Medical and sanitary report of the native army of Madras for the year
Year: 1872
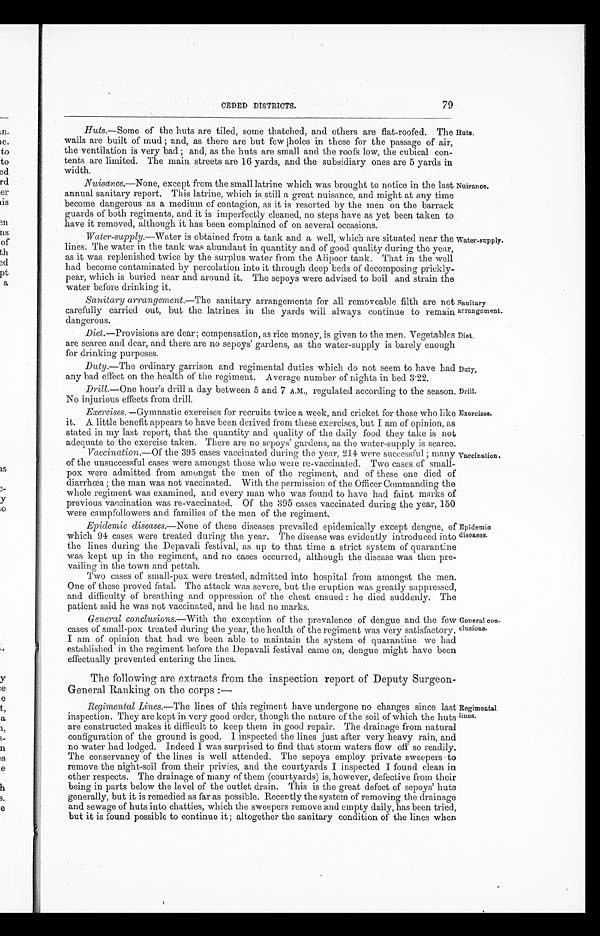
Sanitary
arrangement.
Diet.
Huts.
Nuisance.
Duty.
Drill.
Exercises.
CEDED DISTRICTS.
79
Huts .—Some of the huts are tiled, some thatched, and others are flat-roofed. The
walls are built of mud ; and, as there are but few holes in these for the passage of air,
the ventilation is very bad ; and, as the huts are small and the roofs low, the cubical con-
tents are limited. The main streets are 16 yards, and the subsidiary ones are 5 yards in
width.
Nuisance.—None, except from the small latrine which was brought to notice in the last
annual sanitary report. This latrine, which is still a great nuisance, and might at any time
become dangerous as a medium of contagion, as it is resorted by the men on the barrack
guards of both regiments, and it is imperfectly cleaned, no steps have as yet been taken to
have it removed, although it has been complained of on several occasions.
Water-supply. —Water is obtained from a tank and a well, which are situated near the
lines. The water in the tank was abundant in quantity and of good quality during the year,
as it was replenished twice by the surplus water from the Alipoor tank. That in the well
had become contaminated by percolation into it through deep beds of decomposing prickly-
pear, which is buried near and around it. The sepoys were advised to boil and strain the
water before drinking it.
Sanitary arrangement .—The sanitary arrangements for all removeable filth are not
carefully carried out, but the latrines in the yards will always continue to remain
dangerous.
Diet .—Provisions are dear; compensation, as rice money, is given to the men. Vegetables
are scarce and dear, and there are no sepoys' gardens, as the water-supply is barely enough
for drinking purposes.
Water-supply.
Duty .—The ordinary garrison and regimental duties which do not seem to have had
any bad effect on the health of the regiment. Average number of nights in bed 3.22.
Drill .—One hour's drill a day between 5 and 7 A.M., regulated according to the season.
No injurious effects from drill.
Exercises. —Gymnastic exercises for recruits twice a week, and cricket for those who like
it. A little benefit appears to have been derived from these exercises, but I am of opinion, as
stated in my last report, that the quantity and quality of the daily food they take is not
adequate to the exercise taken. There are no sepoys' gardens, as the water-supply is scarce.
Vaccination .—Of the 395 cases vaccinated during the year, 214 were successful ; many
of the unsuccessful cases were amongst those who were re-vaccinated. Two cases of small--
pox were admitted from amongst the men of the regiment, and of these one died of
diarrhœa ; the man was not vaccinated. With the permission of the Officer Commanding the
whole regiment was examined, and every man who was found to have had faint marks of
previous vaccination was re-vaccinated. Of the 395 cases vaccinated during the year, 150
were campfollowers and families of the men of the regiment.
Epidemic diseases.—None of these diseases prevailed epidemically except dengue, of
which 94 cases were treated during the year. The disease was evidently introduced into
the lines during the Depavali festival, as up to that time a strict system of quarantine
was kept up in the regiment, and no cases occurred, although the disease was then pre-
-vailing in the town and pettah.
Two cases of small-pox were treated, admitted into hospital from amongst the men.
One of these proved fatal. The attack was severe, but the eruption was greatly suppressed,
and difficulty of breathing and oppression of the chest ensued : he died suddenly. The
patient said he was not vaccinated, and he had no marks.
General conclusions.— With the exception of the prevalence of dengue and the few
cases of small-pox treated during the year, the health of the regiment was very satisfactory.
I am of opinion that had we been able to maintain the system of quarantine we had
established in the regiment before the Depavali festival came on, dengue might have been
effectually prevented entering the lines.
The following are extracts from the inspection report of Deputy Surgeon-
General Ranking on the corps :—
Vaccination.
Epidemic
diseases.
General con-
clusions.
Regimental Lines. —The lines of this regiment have undergone no changes since last
inspection. They are kept in very good order, though the nature of the soil of which the huts
are constructed makes it difficult to keep them in good repair. The drainage from natural
configuration of the ground is good. I inspected the lines just after very heavy rain, and
no water had lodged. Indeed I was surprised to find that storm waters flow off so readily.
The conservancy of the lines is well attended. The sepoys employ private sweepers to
remove the night-soil from their privies, and the courtyards I inspected I found clean in
other respects, The drainage of many of them (courtyards) is, however, defective from their
being in parts below the level of the outlet drain. This is the great defect of sepoys' huts
generally, but it is remedied as far as possible. Recently the system of removing the drainage
and sewage of huts into chatties, which the sweepers remove and empty daily, has been tried,
but it is found possible to continue it ; altogether the sanitary condition of the lines when
Regimental
lines.